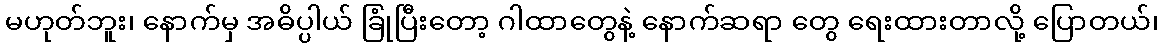
မဟုတ်ဘူး၊ နောက်မှ အဓိပ္ပါယ် ခြုံပြီးတော့ ဂါထာတွေနဲ့ နောက်ဆရာ တွေ ရေးထားတာလို့ ပြောတယ်၊